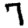
Digit: 7